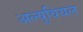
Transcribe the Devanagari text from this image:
अल्युवियल